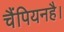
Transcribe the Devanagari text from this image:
चैंपियनहै।